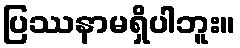
ပြဿနာမရှိပါဘူး။